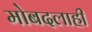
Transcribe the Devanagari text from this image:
मोबदलाही